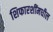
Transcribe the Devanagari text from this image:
शिफारशींमधील